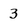
Character: 3